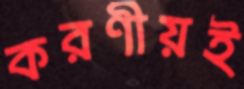
করণীয়ই